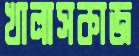
খালাসকাজ